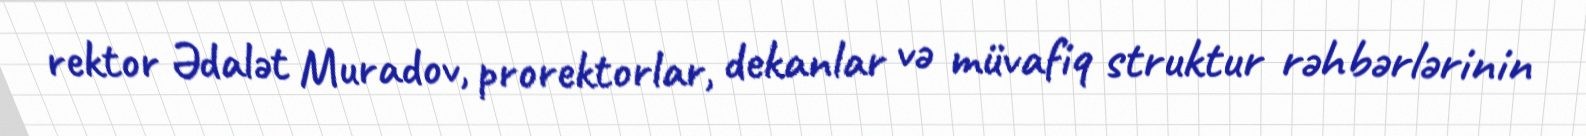
rektor Ədalət Muradov, prorektorlar, dekanlar və müvafiq struktur rəhbərlərinin